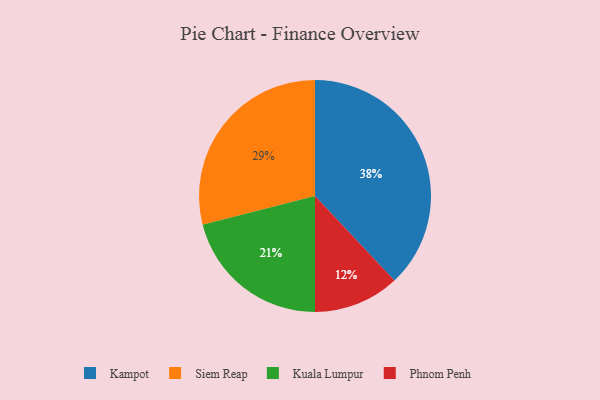
{"axis": {"x": "Category", "y": "Percentage"}, "legend": ["Kampot", "Kuala Lumpur", "Phnom Penh", "Siem Reap"], "data": [{"x": "Siem Reap", "y": 29, "type": "Siem Reap"}, {"x": "Phnom Penh", "y": 12, "type": "Phnom Penh"}, {"x": "Kuala Lumpur", "y": 21, "type": "Kuala Lumpur"}, {"x": "Kampot", "y": 38, "type": "Kampot"}]}